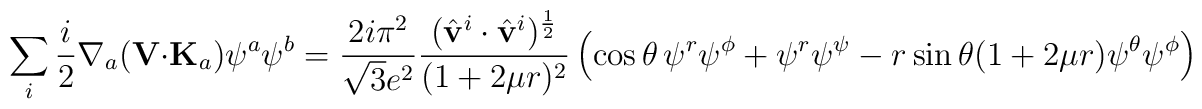
\sum_i\frac{i}{2}\nabla_a({\bf V}\cdot{\bf K}_a)\psi^a\psi^b = \frac{2i\pi^2}{\sqrt{3}e^2}\frac{(\hat{\bf v}^i\cdot\hat{\bf v}^i)^{\frac{1}{2}}}{(1+2\mu r)^2}\left(\cos\theta\,\psi^r\psi^\phi+\psi^r\psi^\psi-r\sin\theta(1+2\mu r)\psi^\theta\psi^\phi\right)